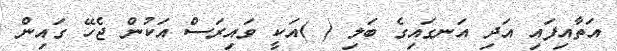
އަތާއިފައި އަދި އަނގައިގެ ބަލި ( )އަކީ ވައިރަސް އަކުން ޖެހޭ ގައިން